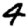
Digit: 4